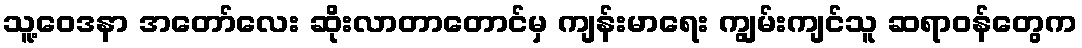
သူ့ဝေဒနာ အတော်လေး ဆိုးလာတာတောင်မှ ကျန်းမာရေး ကျွမ်းကျင်သူ ဆရာဝန်တွေက